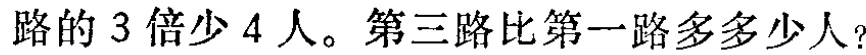
路的 3 倍少 4 人。第三路比第一路多多少人？